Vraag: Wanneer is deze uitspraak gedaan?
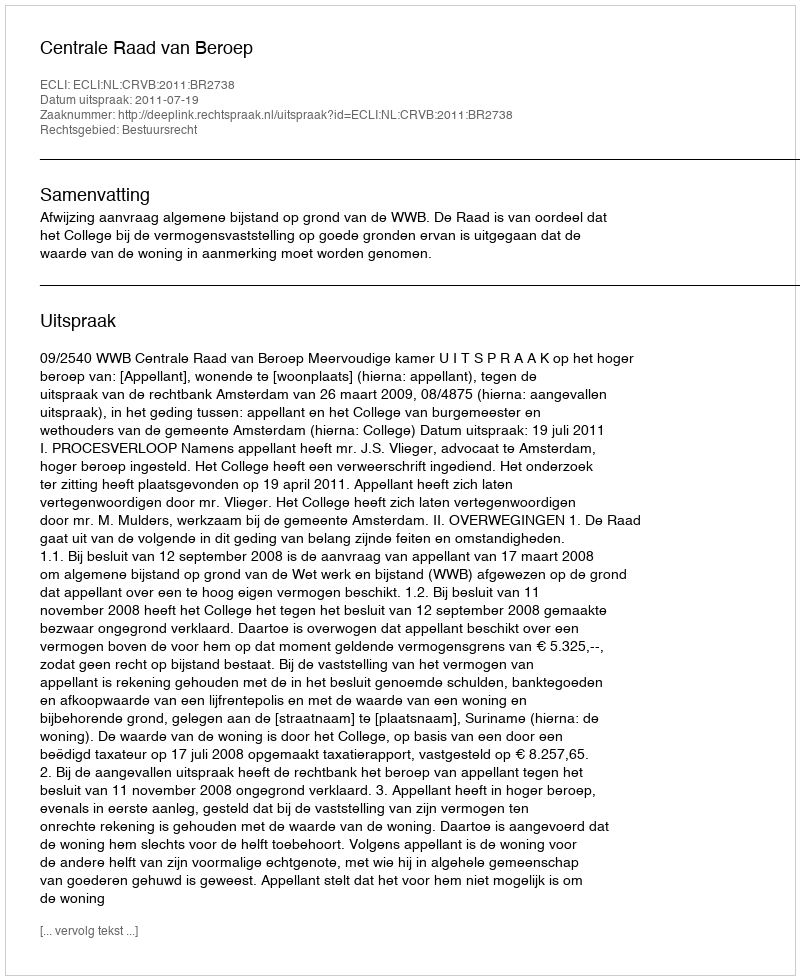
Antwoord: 2011-07-19